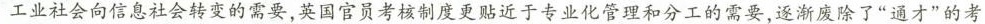
工业社会向信息社会转变的需要，英国官员考核制度更贴近于专业化管理和分工的需要，逐渐废除了”通才”的考